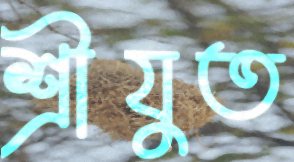
শ্রীযুত